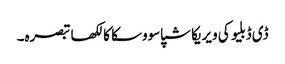
ڈی ڈبلیو کی ویریکا شپاسووسکا کا لکھا تبصرہ۔